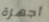
أجهزة